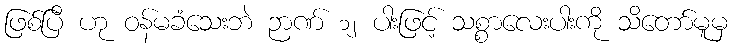
ဖြစ်ပြီ ဟု ဝန်မခံသေးဘဲ ဉာဏ် ၁၂ ပါးဖြင့် သစ္စာလေးပါးကို သိတော်မူမှ